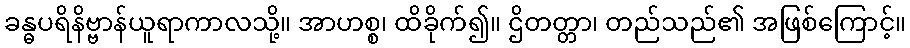
ခန္ဓပရိနိဗ္ဗာန်ယူရာကာလသို့။ အာဟစ္စ၊ ထိခိုက်၍။ ဌိတတ္တာ၊ တည်သည်၏ အဖြစ်ကြောင့်။